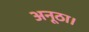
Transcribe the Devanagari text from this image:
अनूठा।